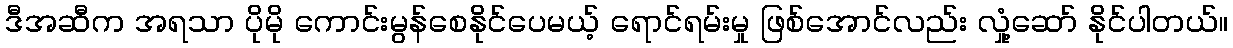
ဒီအဆီက အရသာ ပိုမို ကောင်းမွန်စေနိုင်ပေမယ့် ရောင်ရမ်းမှု ဖြစ်အောင်လည်း လှုံ့ဆော် နိုင်ပါတယ်။